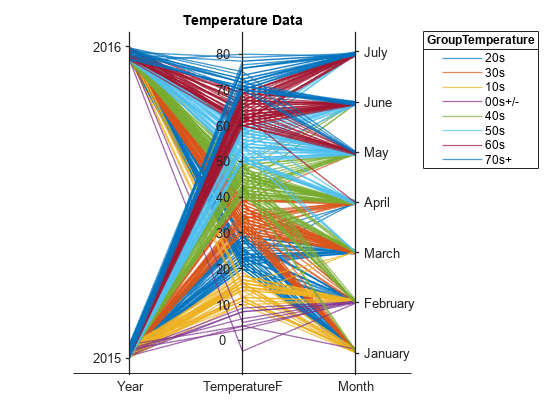
matlab, parallelplot